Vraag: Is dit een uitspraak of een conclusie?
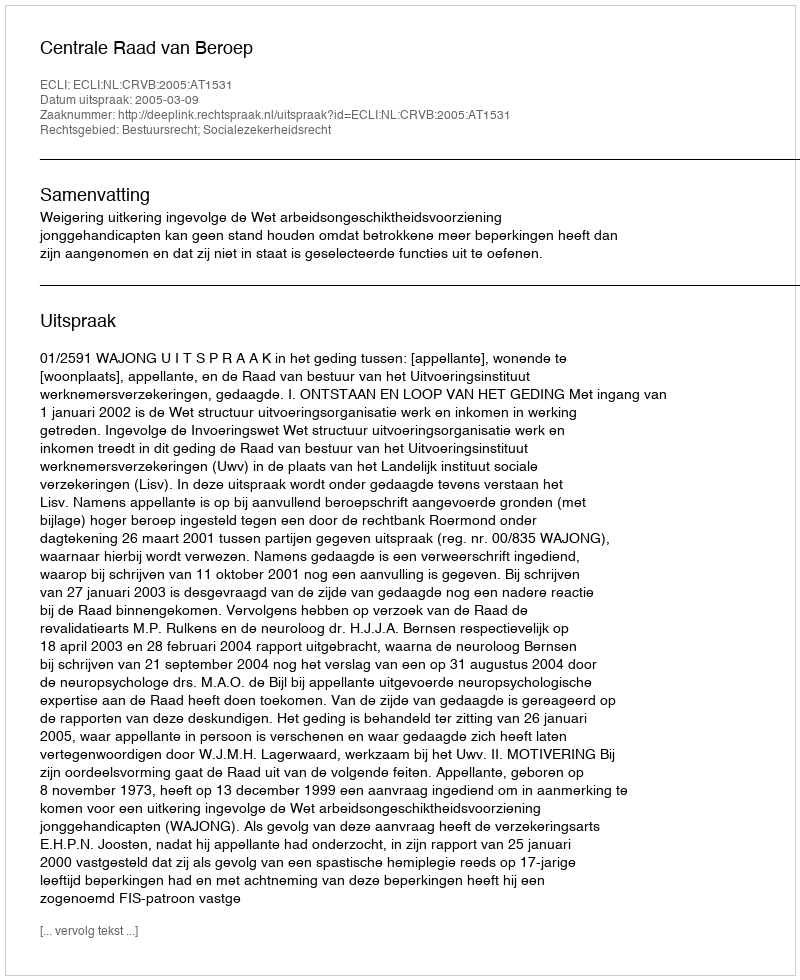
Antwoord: Uitspraak